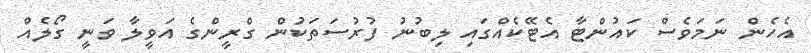
އެހެން ނަމަވެސް ކައުންޓާ އެޓޭކެއްގައި ލިބުނު ފުރުސަތަކުން ގްރީންގެ އަވީލާ ވަނީ ގޯލެއް